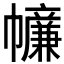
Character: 𢅳